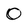
Character: 0